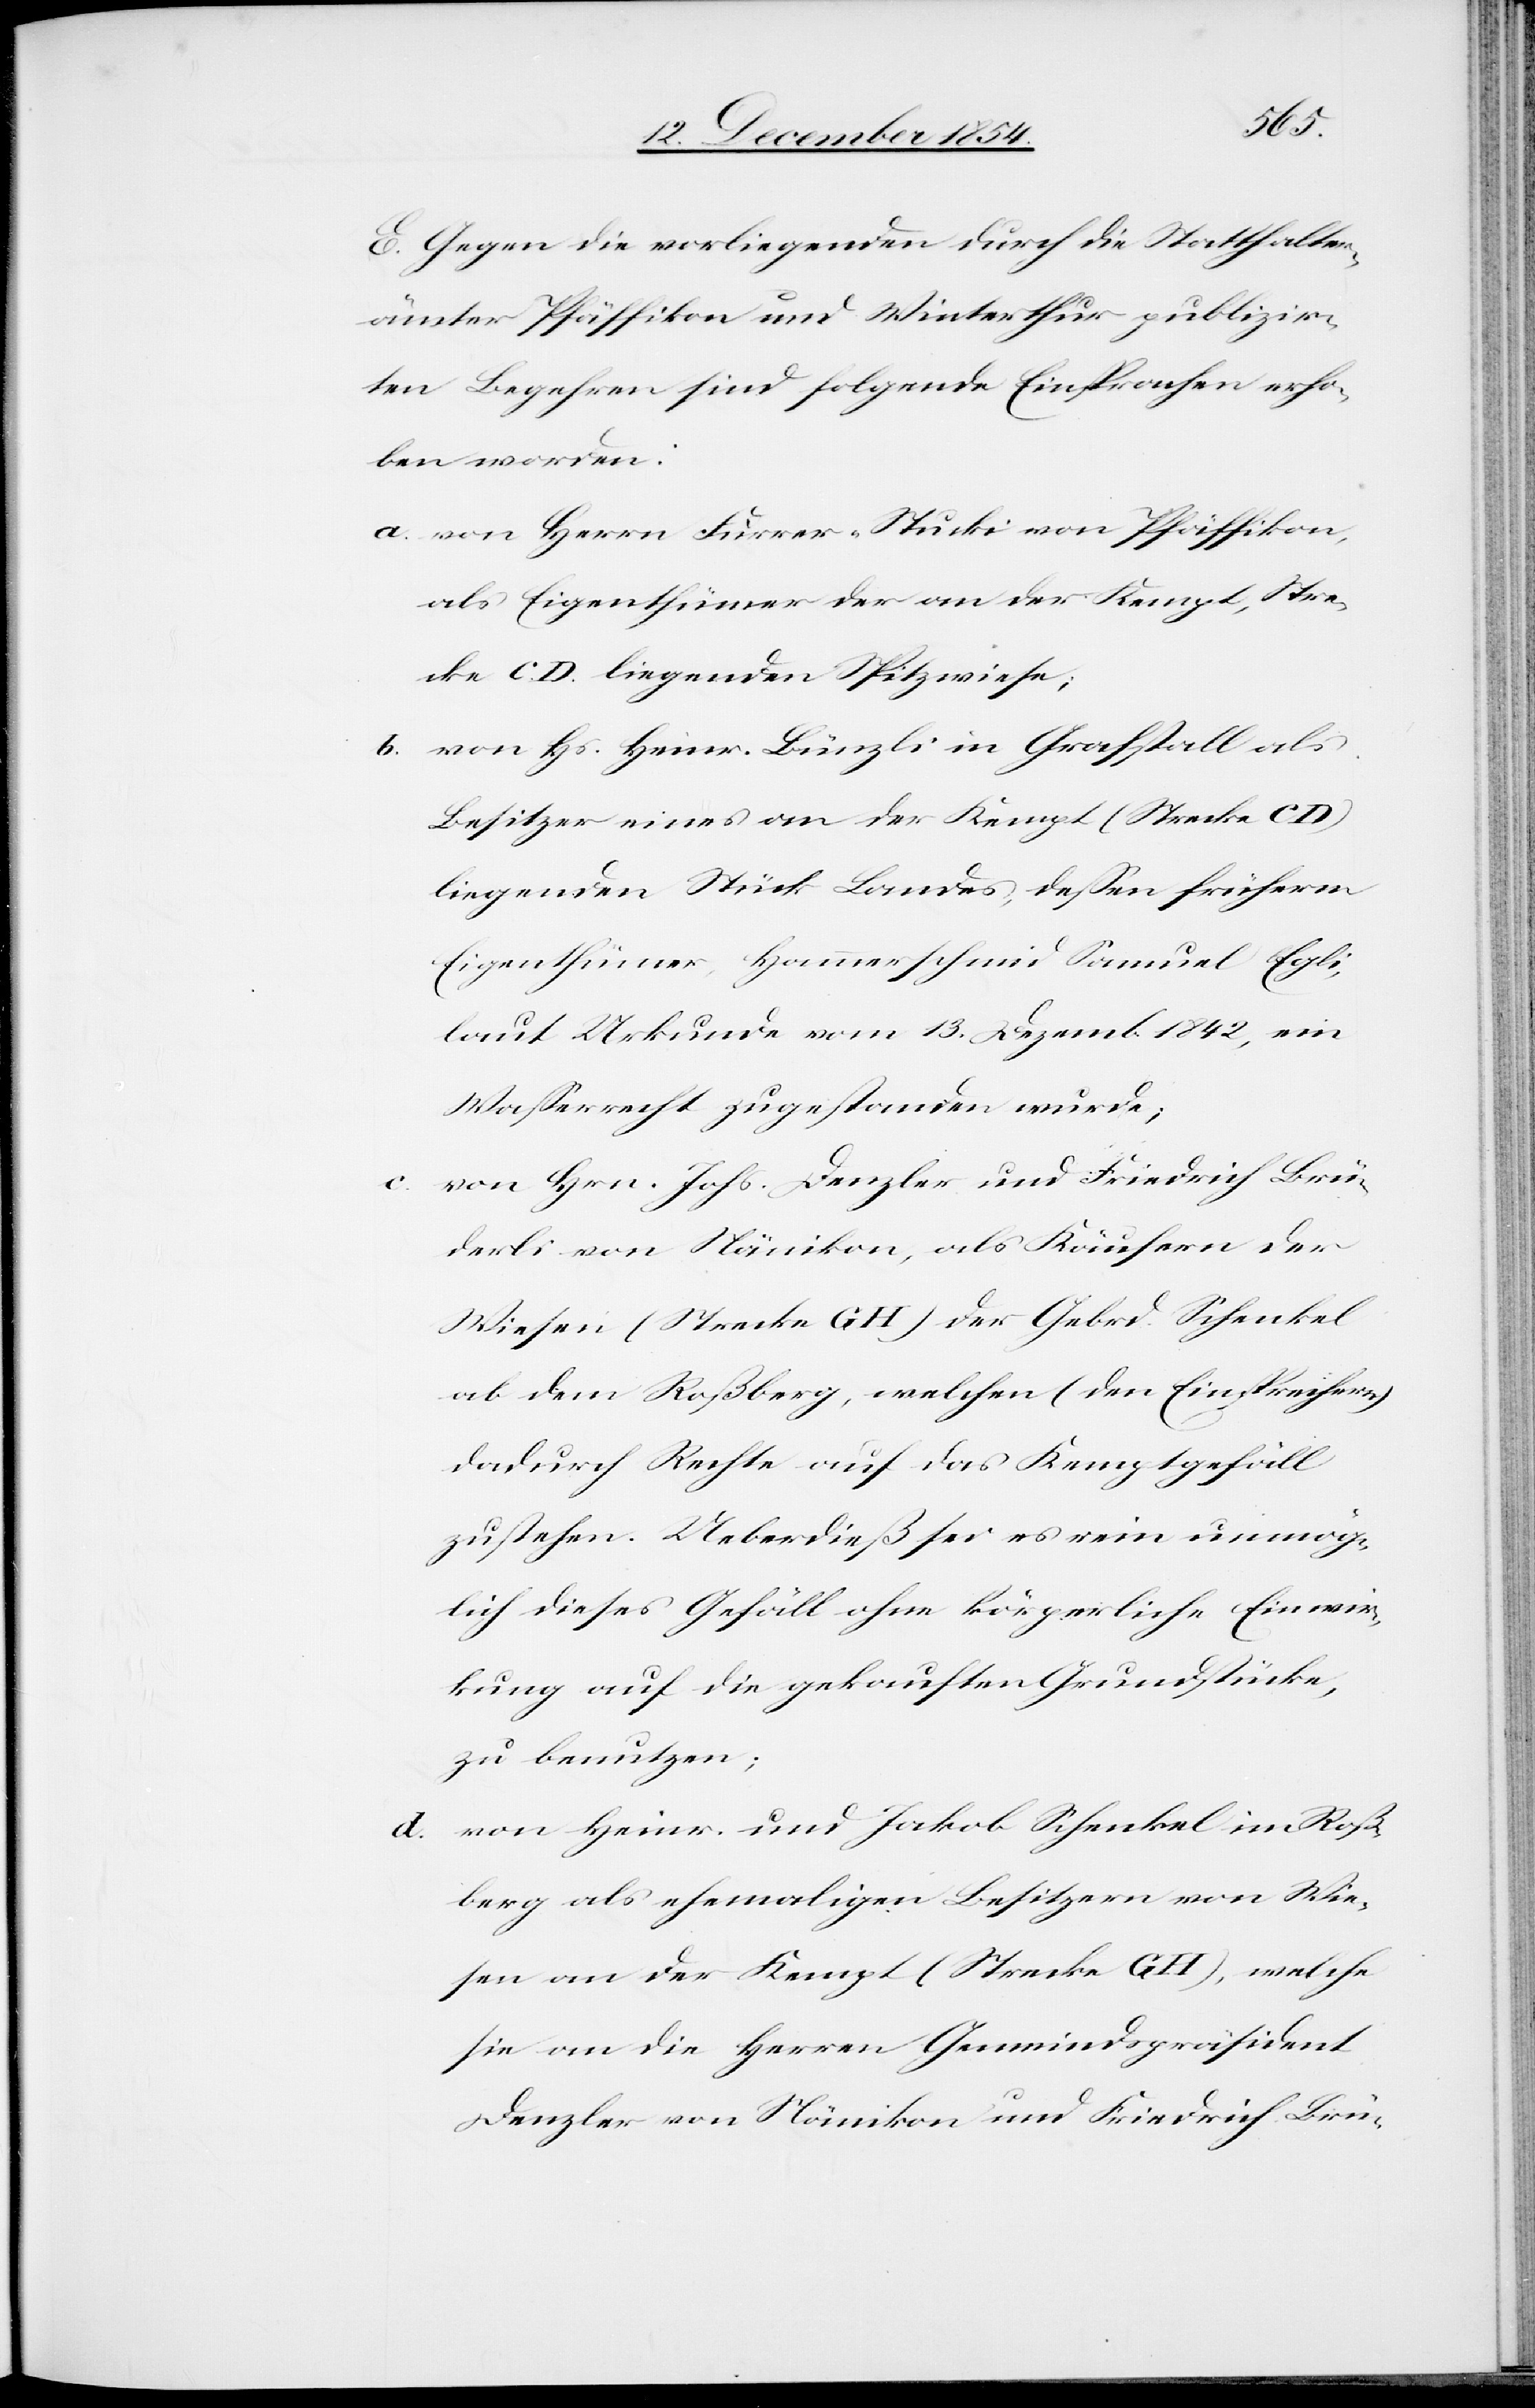
E. Gegen die vorliegenden durch die Statthalter¬
ämter Pfäffikon und Winterthur publizir¬
ten Begehren sind folgende Einsprachen erho¬
ben worden:
a. von Herrn Furrer-Stucki von Pfäffikon,
als Eigenthümer der an der Kempt, Stre¬
cke C. D. liegenden Spitzwiese;
b. von Hs. Heinr. Bünzli in Grafstall als
Besitzer eines an der Kempt (Strecke C
liegenden Stück Landes, deßen früherer
Eigenthümer, Hammerschmid Samuel Egli,
laut Urkunde vom 13. Dezember 1842, ein
Waßerrecht zugestanden wurde;
von Hrn. Johs. Denzler und Friedrich Brü¬
derli von Nänikon, als Käufern der
Wiesen (Strecke G H) der Gebrd. Schenkel
ab dem Roßberg, welchen (den Einsprechern)
dadurch Rechte auf das Kemptgefäll
zustehen. Ueberdieß sei es rein unmög¬
lich dieses Gefäll ohne körperliche Einwir¬
kung auf die gekauften Grundstücke,
zu benutzen;
d. von Heinr. und Jakob Schenkel im Roß¬
berg als ehemaligen Besitzern von Wie¬
sen an der Kempt (Strecke G H), welche
sie an die Herren Gemeindspräsident
Denzler von Nänikon und Friedrich Brü-